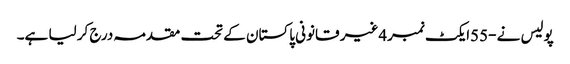
پولیس نے -55ایکٹ نمبر4غیر قانونی پاکستان کے تحت مقدمہ درج کر لیا ہے۔